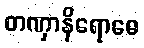
တဏှာနိရောဓေ